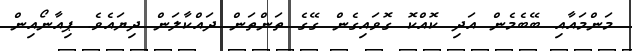
މަންމައާއި ބޭބެމެން އަދި ކޮއްކޮ ގޮވައިގެން ގޭގެ ތަންތަން ދައްކާލަން ދިޔައެވެ. ޕިއާނޯއިން